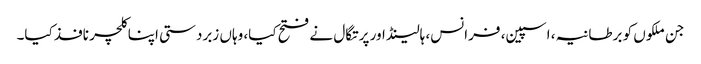
جن ملکوں کو برطانیہ، اسپین، فرانس، ہالینڈ اور پرتگال نے فتح کیا، وہاں زبردستی اپنا کلچر نافذ کیا۔